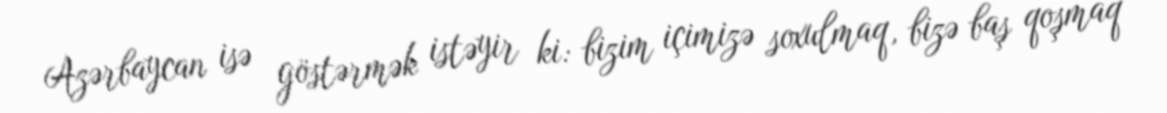
Azərbaycan isə göstərmək istəyir ki: bizim içimizə soxulmaq, bizə baş qoşmaq